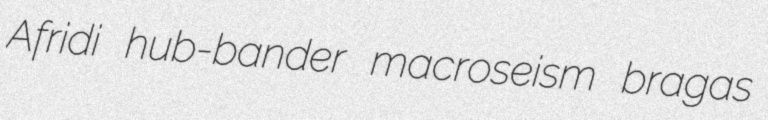
Afridi hub-bander macroseism bragas